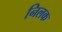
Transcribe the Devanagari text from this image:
निलक